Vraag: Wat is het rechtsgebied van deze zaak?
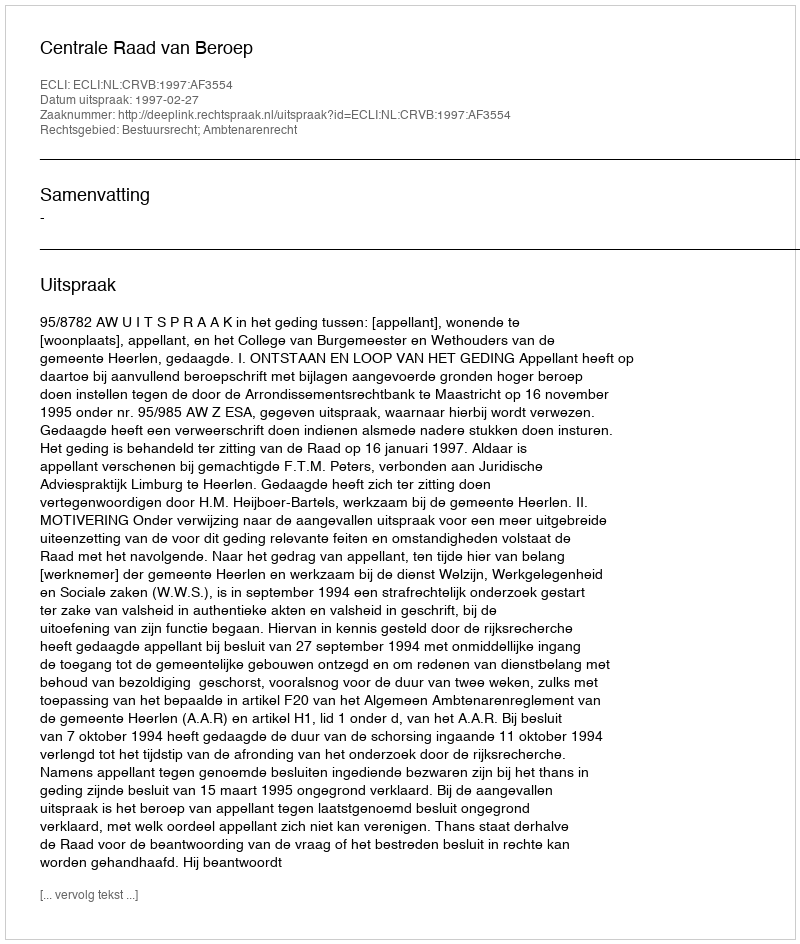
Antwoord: Bestuursrecht; Ambtenarenrecht